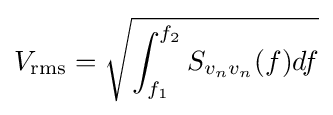
V_{\text{rms}}={\sqrt {\int _{f_{1}}^{f_{2}}S_{v_{n}v_{n}}(f)df}}